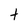
Character: t